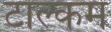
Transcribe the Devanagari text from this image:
टाल्कम